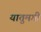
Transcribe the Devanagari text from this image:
यातुमगी